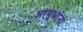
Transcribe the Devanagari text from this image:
आयुधांना